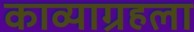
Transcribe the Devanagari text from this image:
काव्याग्रहला